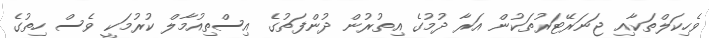
ވެހިކަލްތަކާއި ޖަނަރޭޓަރުތަކުން އަރާ ދުމުގެ އިތުރުން ދުންފަތުގެ އިސްތިއުމާލް ކުރުމަކީ ވެސް ހިތުގެ